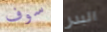
سوف البدر